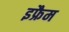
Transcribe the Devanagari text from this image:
इफ्रैम